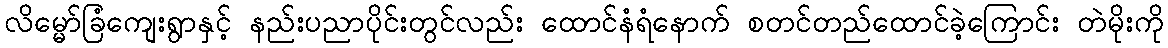
လိမ္မော်ခြံကျေးရွာနှင့် နည်းပညာပိုင်းတွင်လည်း ထောင်နံရံနောက် စတင်တည်ထောင်ခဲ့ကြောင်း တဲမိုးကို